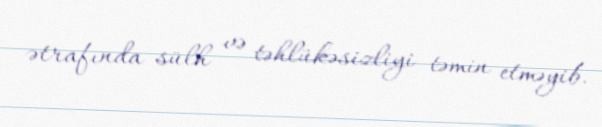
ətrafında sülh və təhlükəsizliyi təmin etməyib.